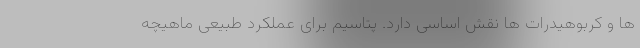
ها و کربوهیدرات ها نقش اساسی دارد. پتاسیم برای عملکرد طبیعی ماهیچه